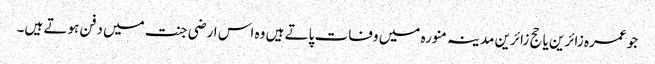
جو عمرہ زائرین یا حج زائرین مدینہ منورہ میں وفات پاتے ہیں وہ اس ارضی جنت میں دفن ہوتے ہیں۔